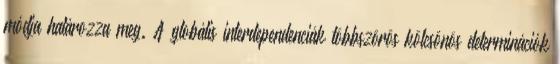
módja határozza meg. A globális interdependenciák többszörös kölcsönös determinációk